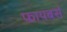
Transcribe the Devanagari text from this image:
फायबर्स